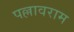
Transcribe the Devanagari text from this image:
पल्लावराम